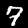
Digit: 7